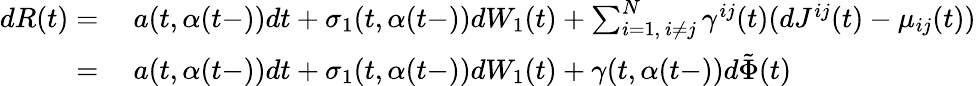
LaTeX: \begin{array}{rl}{dR(t)=}&{\ a(t,\alpha(t-))dt+\sigma_{1}(t,\alpha(t-))dW_{1}(t)+\sum_{i=1,\ i\neq j}^{N}\gamma^{ij}(t)(dJ^{ij}(t)-\mu_{ij}(t))}\\ {=}&{\ a(t,\alpha(t-))dt+\sigma_{1}(t,\alpha(t-))dW_{1}(t)+\gamma(t,\alpha(t-))d\tilde{\Phi}(t)}\end{array}